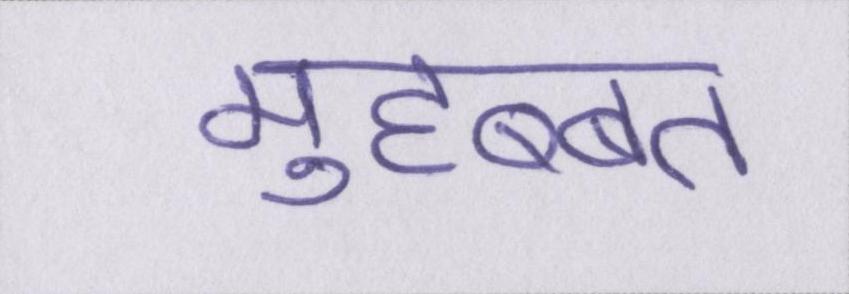
मुहब्बत